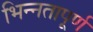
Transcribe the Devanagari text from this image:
भिन्‍नतापूर्ण